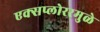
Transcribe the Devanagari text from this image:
एक्सप्लोररमुळे